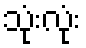
သုံးလုံး